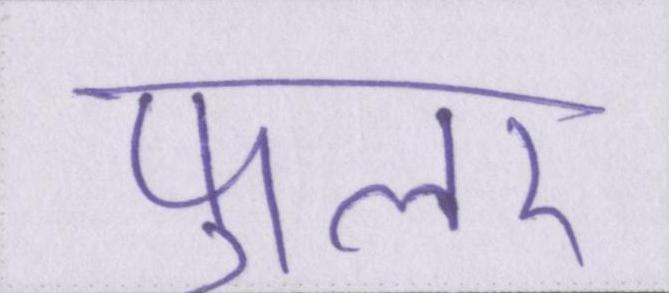
फुलर